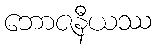
ဘောဇနီယဿ